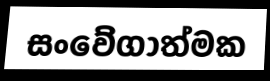
සංවේගාත්මක